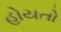
હોયતો